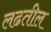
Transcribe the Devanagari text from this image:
लढतील